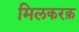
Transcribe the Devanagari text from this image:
मिलकरक़